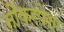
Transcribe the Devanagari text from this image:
नौकरपेशा